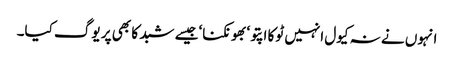
انہوں نے نہ کیول انہیں ٹوکا اپتو‘بھونکنا‘جیسے شبد کا بھی پر یوگ کیا۔